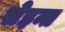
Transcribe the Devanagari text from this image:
सेइन्त